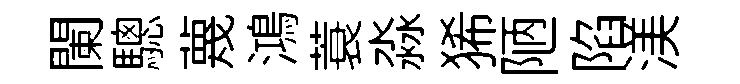
闌驄蔑鴻蓑淼狶陋陷渼